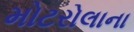
મોટરોલાના